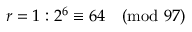
r = 1 : 2 ^ { 6 } \equiv 6 4 { \pmod { 9 7 } }